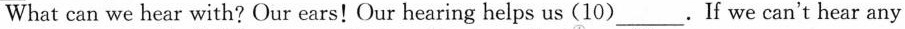
What can we hear with? Our ears! Our hearing helps us (10)___.If we can't hear any